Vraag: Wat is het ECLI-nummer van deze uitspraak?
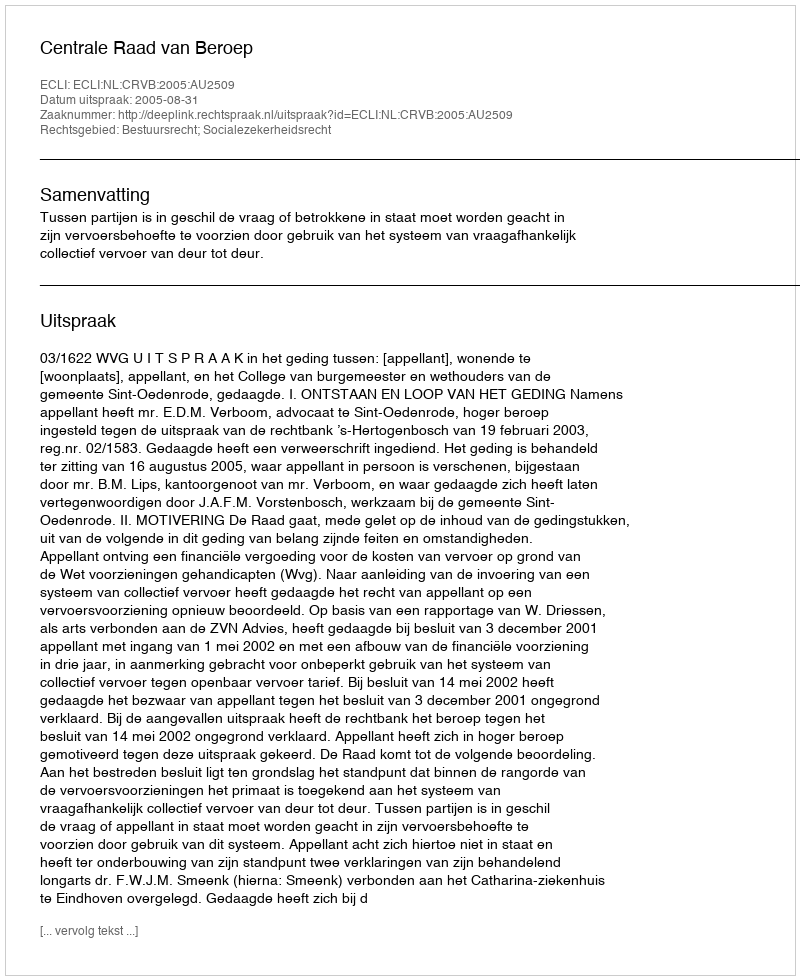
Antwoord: ECLI:NL:CRVB:2005:AU2509